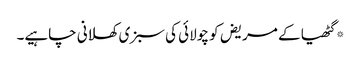
*گٹھیا کے مریض کو چولائی کی سبزی کھلانی چاہیے۔